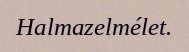
Halmazelmélet.